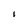
Character: 1